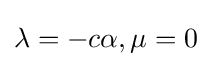
\lambda =-c\alpha ,\mu =0